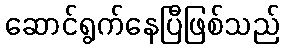
ဆောင်ရွက်နေပြီဖြစ်သည်